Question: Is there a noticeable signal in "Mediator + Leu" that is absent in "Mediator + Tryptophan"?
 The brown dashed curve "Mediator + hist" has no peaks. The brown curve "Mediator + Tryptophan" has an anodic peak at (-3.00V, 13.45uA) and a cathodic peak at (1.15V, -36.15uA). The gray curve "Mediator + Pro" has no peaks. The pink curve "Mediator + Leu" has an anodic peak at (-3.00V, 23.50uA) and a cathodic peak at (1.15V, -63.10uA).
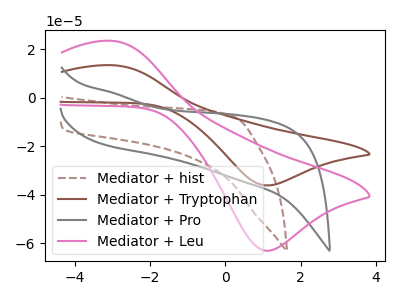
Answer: <think>All the peaks in "Mediator + Leu" have a peak in "Mediator + Tryptophan" at the same potential. Every peak in "Mediator + Leu" is higher than every peak in "Mediator + Tryptophan".
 </think>
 <answer>No, "Mediator + Leu" and "Mediator + Tryptophan" don't appear to be significantly different in shape</answer>
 <eval>no_change</eval>